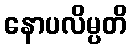
နောပလိမ္ပတိ